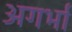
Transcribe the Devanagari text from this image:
अगर्भा